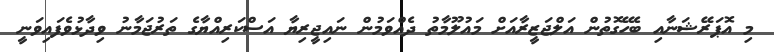
މި އޮޕަރޭޝަނާއި ބެހޭގޮތުން އަލްޖަޒީރާއަށް މައުލޫމާތު ދެއްވަމުން ނައިޖީރިޔާ އަސްކަރިއްޔާގެ ތަރުޖަމާނު ވިދާޅުވެފައިވަނީ